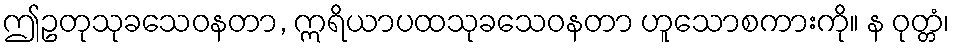
ဤဥတုသုခသေဝနတာ, ဣရိယာပထသုခသေဝနတာ ဟူသောစကားကို။ န ဝုတ္တံ၊